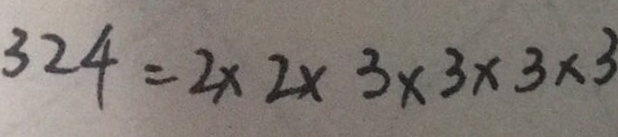
3 2 4 = 2 \times 2 \times 3 \times 3 \times 3 \times 3